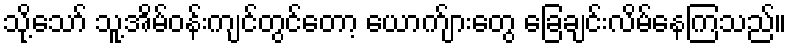
သို့သော် သူ့အိမ်ဝန်းကျင်တွင်တော့ ယောက်ျားတွေ ခြေချင်းလိမ်နေကြသည်။